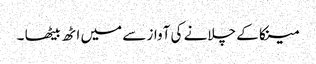
مینکا کے چلانے کی آواز سے میں اٹھ بیٹھا ۔